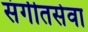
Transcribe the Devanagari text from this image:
संगीतसेवा